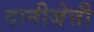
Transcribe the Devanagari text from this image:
दानीज़ेत्ती